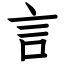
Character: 言